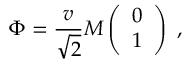
\Phi = \frac { v } { \sqrt { 2 } } M \left( \begin{array} { c } { { 0 } } \\ { { 1 } } \end{array} \right) \ ,